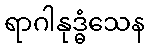
ရာဂါနုဒ္ဓံသေန